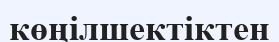
көңілшектіктен